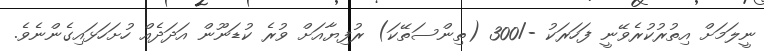
ނީލަމަށް އިތުރުކުރެވޭނީ ފަހަރަކު -/300 (ތިންސަތޭކަ) ރުފިޔާއަށް ވުރެ ކުޑަނޫން އަދަދެއް ހުށަހަޅައިގެންނެވެ.